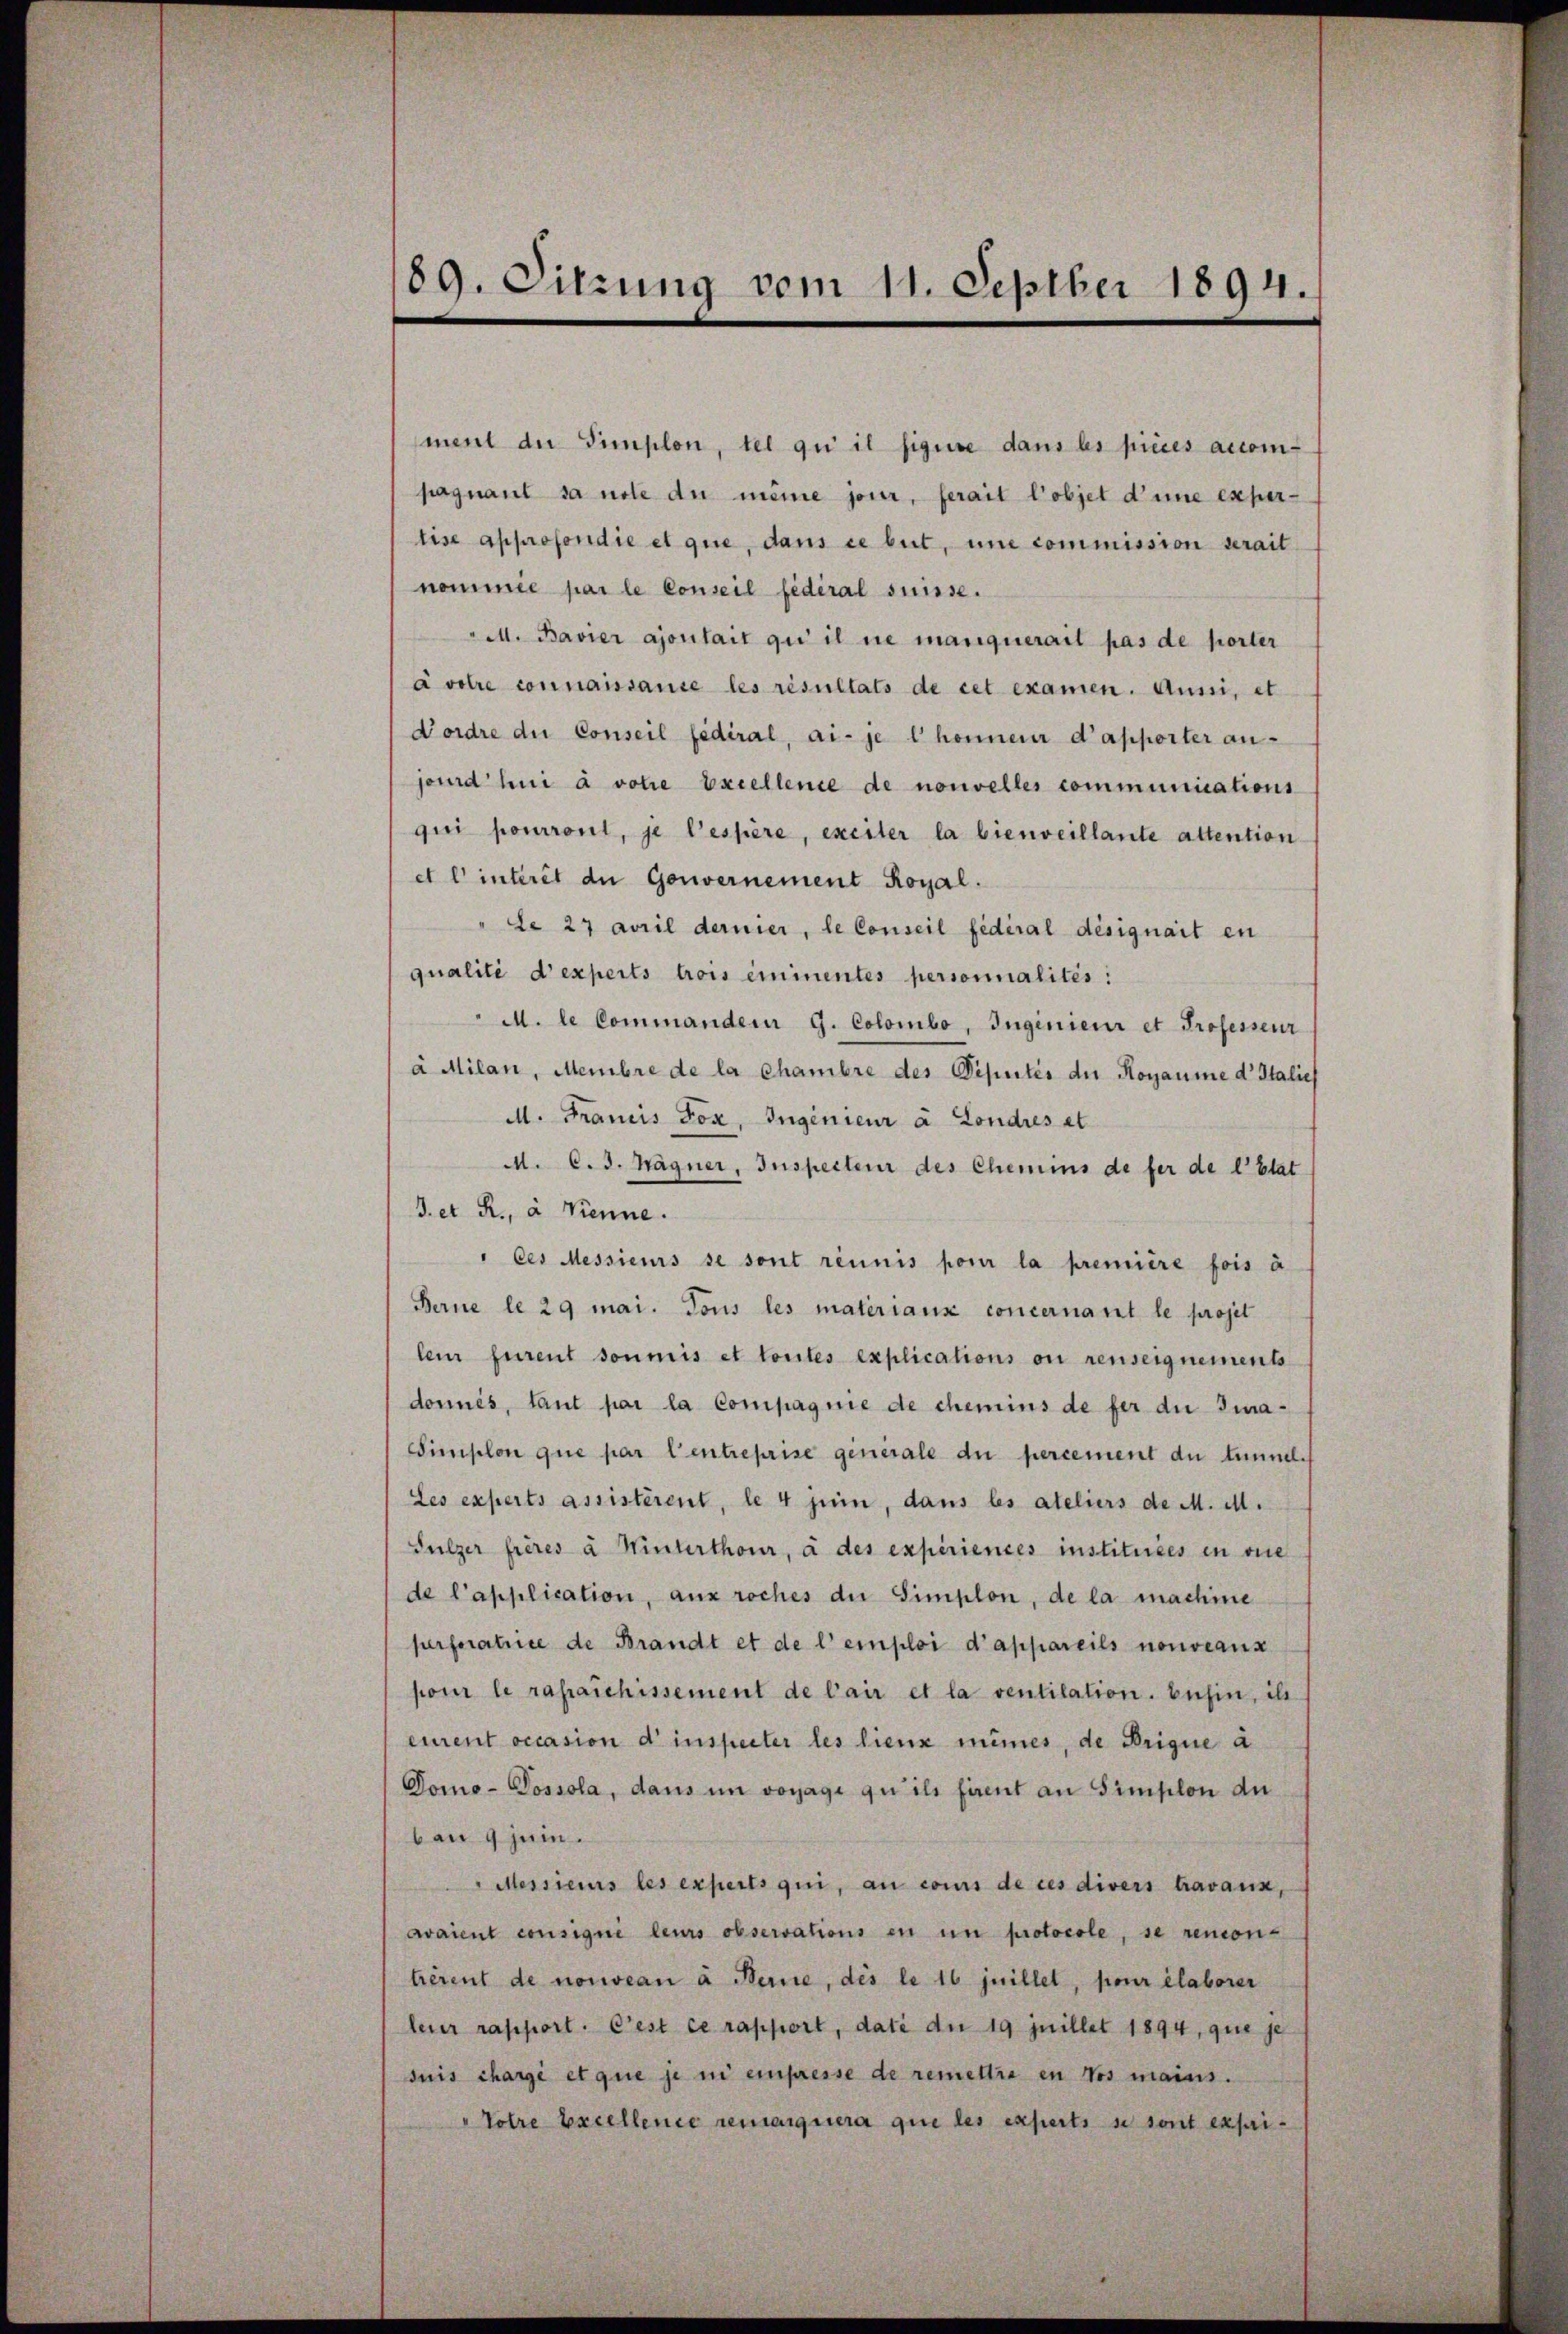
89. Sitzung vom 11. Septber 1894.

ment die Simplon, tel qui il figure dans les pieces accom-
pagnant sa note du même jour, serait l’objet d’une expertise approsondie et que, dans ce beit, une commission serait
nommée par le Conseil fédéral suisse.
M. Bavier ajoutait qui il ne manquerait pas de porter
àvotre connaissance les résultats de cet examen. Aussi, et
Dordre der Conseil fédéral, ai- je l honneur d’apporter an-
jeurdhni à votie Excellence de nouvelles communications
qui pourront, je Cespère, exciter la bienseillante altention
et l’interit de Gouvernement Royal.
"de 27 avril dernier, le Conseil fédéral désignait en
qualité d’experts trois eminentes personnalités:
M. le Commandem G. Colombo, Ingenieur et Professour
à Milan, Membre de la chambre des Deputés der Rogaume d Italief
M. Francis Sox, Ingenieur à Londres et
d. C. J. Nägner, Inspecteur des Chemins de fer de l’Etat
d. et R., à Kienne.
" des Messieurs se sont réunis pour la première fois à
Berne le 29 mai. Tous les materians concernant le projet
lein furent soumis et toutes explications ou renseignements
donnés, tant par la Compagnie de chemins de fer die Ima-
Simplon que par Centreprise generale du percement du tunnel-
Les experts assisterent, le 4 jui, dans les ateliers de M. M.
Sulzer frères à Hinterthour, à des experiences instituées en vie
de l’application, ausroches die Simplon, de la machine
perferatrice de Brandt et de l’emploi d’appareils nouveaux
pour le rasaichissement de bair et la ventilation. busin, ih
ement occasion d’inspecter les lieux mêmes, de Drigue a
Domo-Dossola, dans im voyage qu’ils fient an Simplon du
ban 9 jun.
"Messieurs les experts qui, au cons de ces divers travaux,
avaient consigné leurs observations en in protocole, se remon-
trèrent de nouveau à Berne, des le 16 juillet, pour élaborer
leur rapport. Cest ce rapport, dati du 19 juillet 1894, que je
suis charge et que je ni einpresse de remettra in Vos mains.
"Tolre Excellence remarquera que des experts se sont expri¬